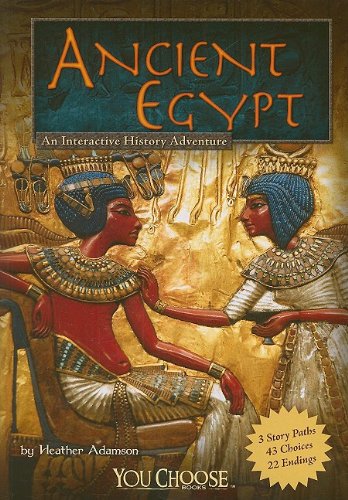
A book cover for Ancient Egypt: An Interactive History Adventure (You Choose: Historical Eras); Heather Adamson; Children's Books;